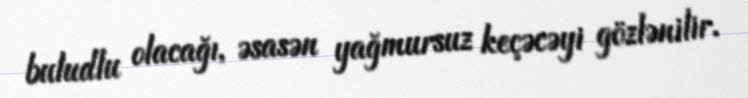
buludlu olacağı, əsasən yağmursuz keçəcəyi gözlənilir.